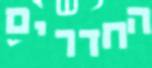
החדרים